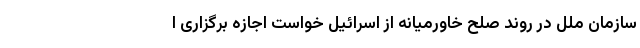
سازمان ملل در روند صلح خاورمیانه از اسرائیل خواست اجازه برگزاری ا